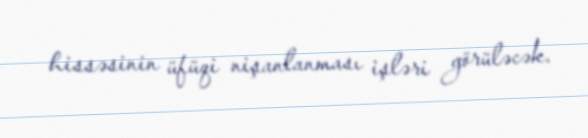
hissəsinin üfüqi nişanlanması işləri görüləcək.